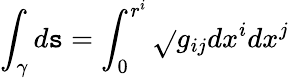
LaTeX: \int_{\gamma}d\mathtt{s}=\int_{0}^{r^{i}}\sqrt{}{{g_{ij}dx^{i}dx^{j}}}